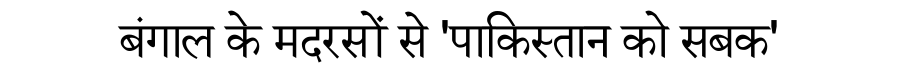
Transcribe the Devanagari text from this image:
बंगाल के मदरसों से 'पाकिस्तान को सबक'